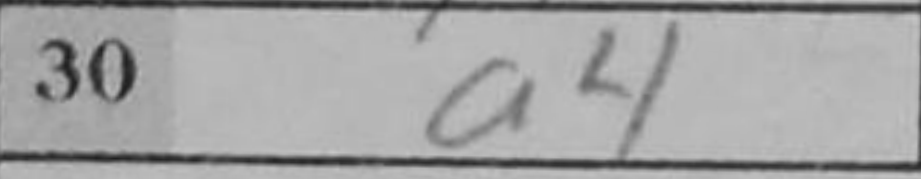
Transcription: a4